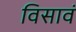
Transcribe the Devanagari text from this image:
विसावं